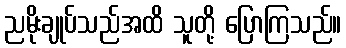
ညမိုးချုပ်သည်အထိ သူတို့ ပြောကြသည်။